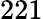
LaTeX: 221